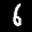
Label: 6